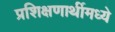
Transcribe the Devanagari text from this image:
प्रशिक्षणार्थीमध्ये